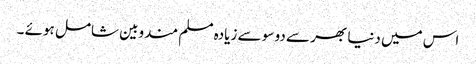
اس میں دنیا بھر سے دو سو سے زیادہ مسلم مندوبین شامل ہوئے ۔